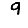
Digit: 9